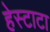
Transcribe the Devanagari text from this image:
हेस्टाटा